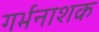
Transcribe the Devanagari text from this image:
गर्भनाशक